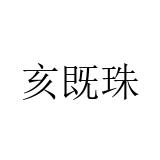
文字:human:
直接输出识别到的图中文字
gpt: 亥既珠